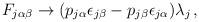
LaTeX: \begin{align*}F_{j\alpha\beta}\rightarrow(p_{j\alpha}\epsilon_{j\beta}-p_{j\beta}\epsilon_{j\alpha})\lambda_{j}\, ,\end{align*}